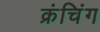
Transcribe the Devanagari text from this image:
क्रंचिंग